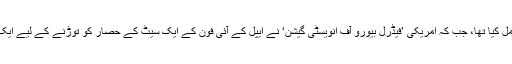
اس سے قبل، اِسی سال ’ایپل‘ نے بھی ایسا ہی عمل کیا تھا، جب کہ امریکی ’فیڈرل بیورو آف انویسٹی گیشن‘ نے ایپل کے آئی فون کے ایک سیٹ کے حصار کو توڑنے کے لیے ایک تیسرے ادارے کو 10 لاکھ ڈالر ادا کیے تھے۔